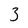
Character: 3